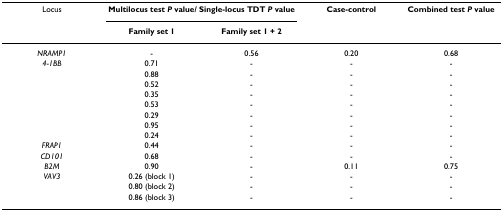
<table><thead><tr><td><b>Locus</b></td><td colspan="2"><b>Multilocus test <i>P </i>value/ Single-locus TDT <i>P </i>value</b></td><td><b>Case-control</b></td><td><b>Combined test <i>P </i>value</b></td></tr><tr><td>[EMPTY_CELL]</td><td><b>Family set 1</b></td><td><b>Family set 1 + 2</b></td><td>[EMPTY_CELL]</td><td>[EMPTY_CELL]</td></tr></thead><tbody><tr><td><i>NRAMP1</i></td><td>-</td><td>0.56</td><td>0.20</td><td>0.68</td></tr><tr><td><i>4-1BB</i></td><td>0.71</td><td>-</td><td>-</td><td>-</td></tr><tr><td>[EMPTY_CELL]</td><td>0.88</td><td>-</td><td>-</td><td>-</td></tr><tr><td>[EMPTY_CELL]</td><td>0.52</td><td>-</td><td>-</td><td>-</td></tr><tr><td>[EMPTY_CELL]</td><td>0.35</td><td>-</td><td>-</td><td>-</td></tr><tr><td>[EMPTY_CELL]</td><td>0.53</td><td>-</td><td>-</td><td>-</td></tr><tr><td>[EMPTY_CELL]</td><td>0.29</td><td>-</td><td>-</td><td>-</td></tr><tr><td>[EMPTY_CELL]</td><td>0.95</td><td>-</td><td>-</td><td>-</td></tr><tr><td>[EMPTY_CELL]</td><td>0.24</td><td>-</td><td>-</td><td>-</td></tr><tr><td><i>FRAP1</i></td><td>0.44</td><td>-</td><td>-</td><td>-</td></tr><tr><td><i>CD101</i></td><td>0.68</td><td>-</td><td>-</td><td>-</td></tr><tr><td><i>B2M</i></td><td>0.90</td><td>-</td><td>0.11</td><td>0.75</td></tr><tr><td><i>VAV3</i></td><td>0.26 (block 1)</td><td>-</td><td>-</td><td>-</td></tr><tr><td>[EMPTY_CELL]</td><td>0.80 (block 2)</td><td>-</td><td>-</td><td>-</td></tr><tr><td>[EMPTY_CELL]</td><td>0.86 (block 3)</td><td>-</td><td>-</td><td>-</td></tr></tbody></table>